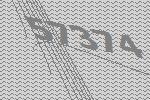
57374